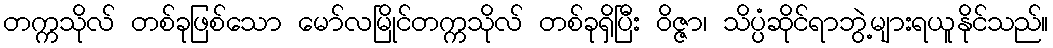
တက္ကသိုလ် တစ်ခုဖြစ်သော မော်လမြိုင်တက္ကသိုလ် တစ်ခုရှိပြီး ဝိဇ္ဇာ၊ သိပ္ပံဆိုင်ရာဘွဲ့များရယူနိုင်သည်။